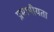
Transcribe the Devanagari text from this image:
प्रमापीयता